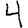
Digit: 4